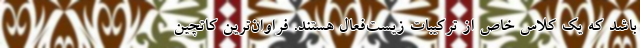
باشد که یک کلاس خاص از ترکیبات زیست‌فعال هستند. فراوان‌ترین کاتچین